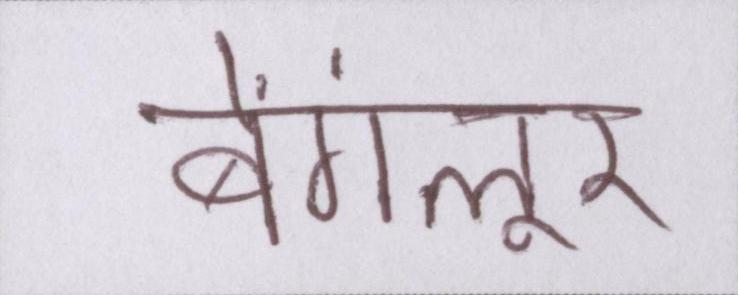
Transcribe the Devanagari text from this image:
बेंगलूर